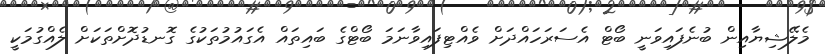
މެލޭޝިޔާއިން ބުނެފައިވަނީ ބޯޓް އެސަރަހައްދަށް ވެއްޓިފައިވާނަމަ ބޯޓްގެ ބައިތައް އެގައުމުތަކުގެ ގޮނޑުދޮށްތަކަށް ލެއްގުމަކީ